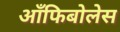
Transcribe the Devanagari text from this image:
आँफिबोलेस